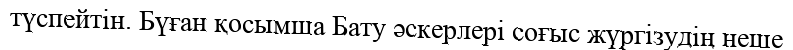
түспейтін. Бүған қосымша Бату әскерлері соғыс жүргізудің неше